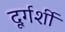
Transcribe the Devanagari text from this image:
दूर्गर्शी